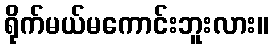
ရိုက်မယ်မကောင်းဘူးလား။